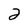
Character: 2